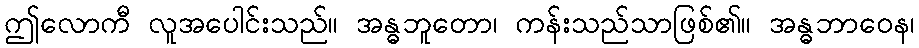
ဤလောကီ လူအပေါင်းသည်။ အန္ဓဘူတော၊ ကန်းသည်သာဖြစ်၏။ အန္ဓဘာဝေန၊